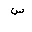
Letter: _sin